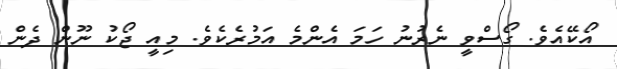
އޯކޭއެވެ. ގޯސްވީ ނެރުނު ހަމަ އެންމެ އަމުރެކެވެ. މިއީ ޖޯކު ނޫން ދެން